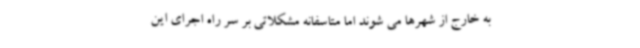
به خارج از شهرها می شوند اما متاسفانه مشکلاتی بر سر راه اجرای این